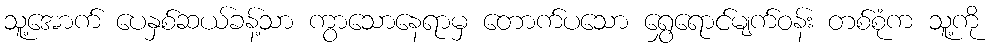
သူ့အောက် ပေနှစ်ဆယ်ခန့်သာ ကွာသောနေရာမှ တောက်ပသော ရွှေရောင်မျက်ဝန်း တစ်စုံက သူ့ကို